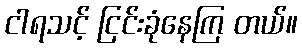
ငါရသင့် ငြင်းခုံနေကြ တယ်။